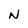
Character: N